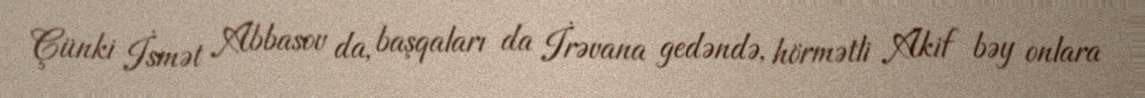
Çünki İsmət Abbasov da, başqaları da İrəvana gedəndə, hörmətli Akif bəy onlara